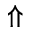
\Uparrow